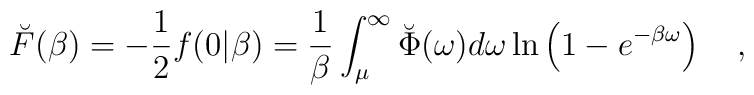
\breve{F}(\beta)=-\frac 12f(0|\beta)={1 \over \beta}\int_{\mu}^{\infty}\breve{\Phi}(\omega) d\omega\ln\left(1-e^{-\beta \omega}\right)~~~,